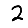
Digit: 2